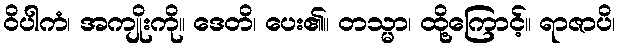
ဝိပါကံ၊ အကျိုးကို။ ဒေတိ၊ ပေး၏။ တသ္မာ၊ ထို့ကြောင့်။ ရာဇာပိ၊